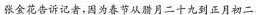
张金花告诉记者，因为春节从腊月二十九到正月初二。